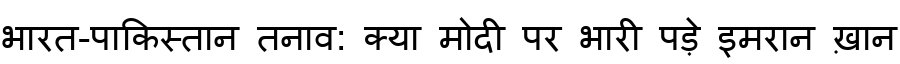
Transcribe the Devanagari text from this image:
भारत-पाकिस्तान तनाव: क्या मोदी पर भारी पड़े इमरान ख़ान